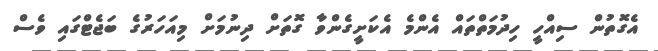
އެގޮތުން ސިއްހީ ހިދުމަތްތައް އެންމެ އެކަށީގެންވާ ގޮތަށް ދިނުމަށް މިއަހަރުގެ ބަޖެޓްގައި ވެސް